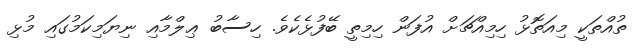
ތުއްތަކީ މިއަތޮޅު ހިމިއްޗަށް އުފަން ހިމިތީ ބޭފުޅެކެވެ. ހިސާބު ޢިލްމާއި ނިޔަމިކަމުގައި މުޅި